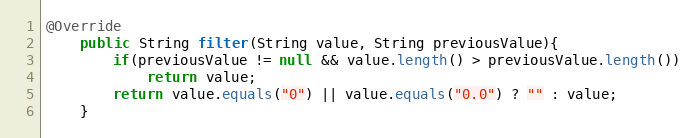
Language: Java
@Override
    public String filter(String value, String previousValue){
        if(previousValue != null && value.length() > previousValue.length())
            return value;
        return value.equals("0") || value.equals("0.0") ? "" : value;
    }